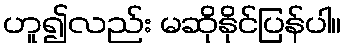
ဟူ၍လည်း မဆိုနိုင်ပြန်ပါ။